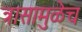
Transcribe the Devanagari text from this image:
त्रासामुळेच